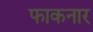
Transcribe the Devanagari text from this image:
फाकनार